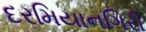
દરમિયાનગિરી